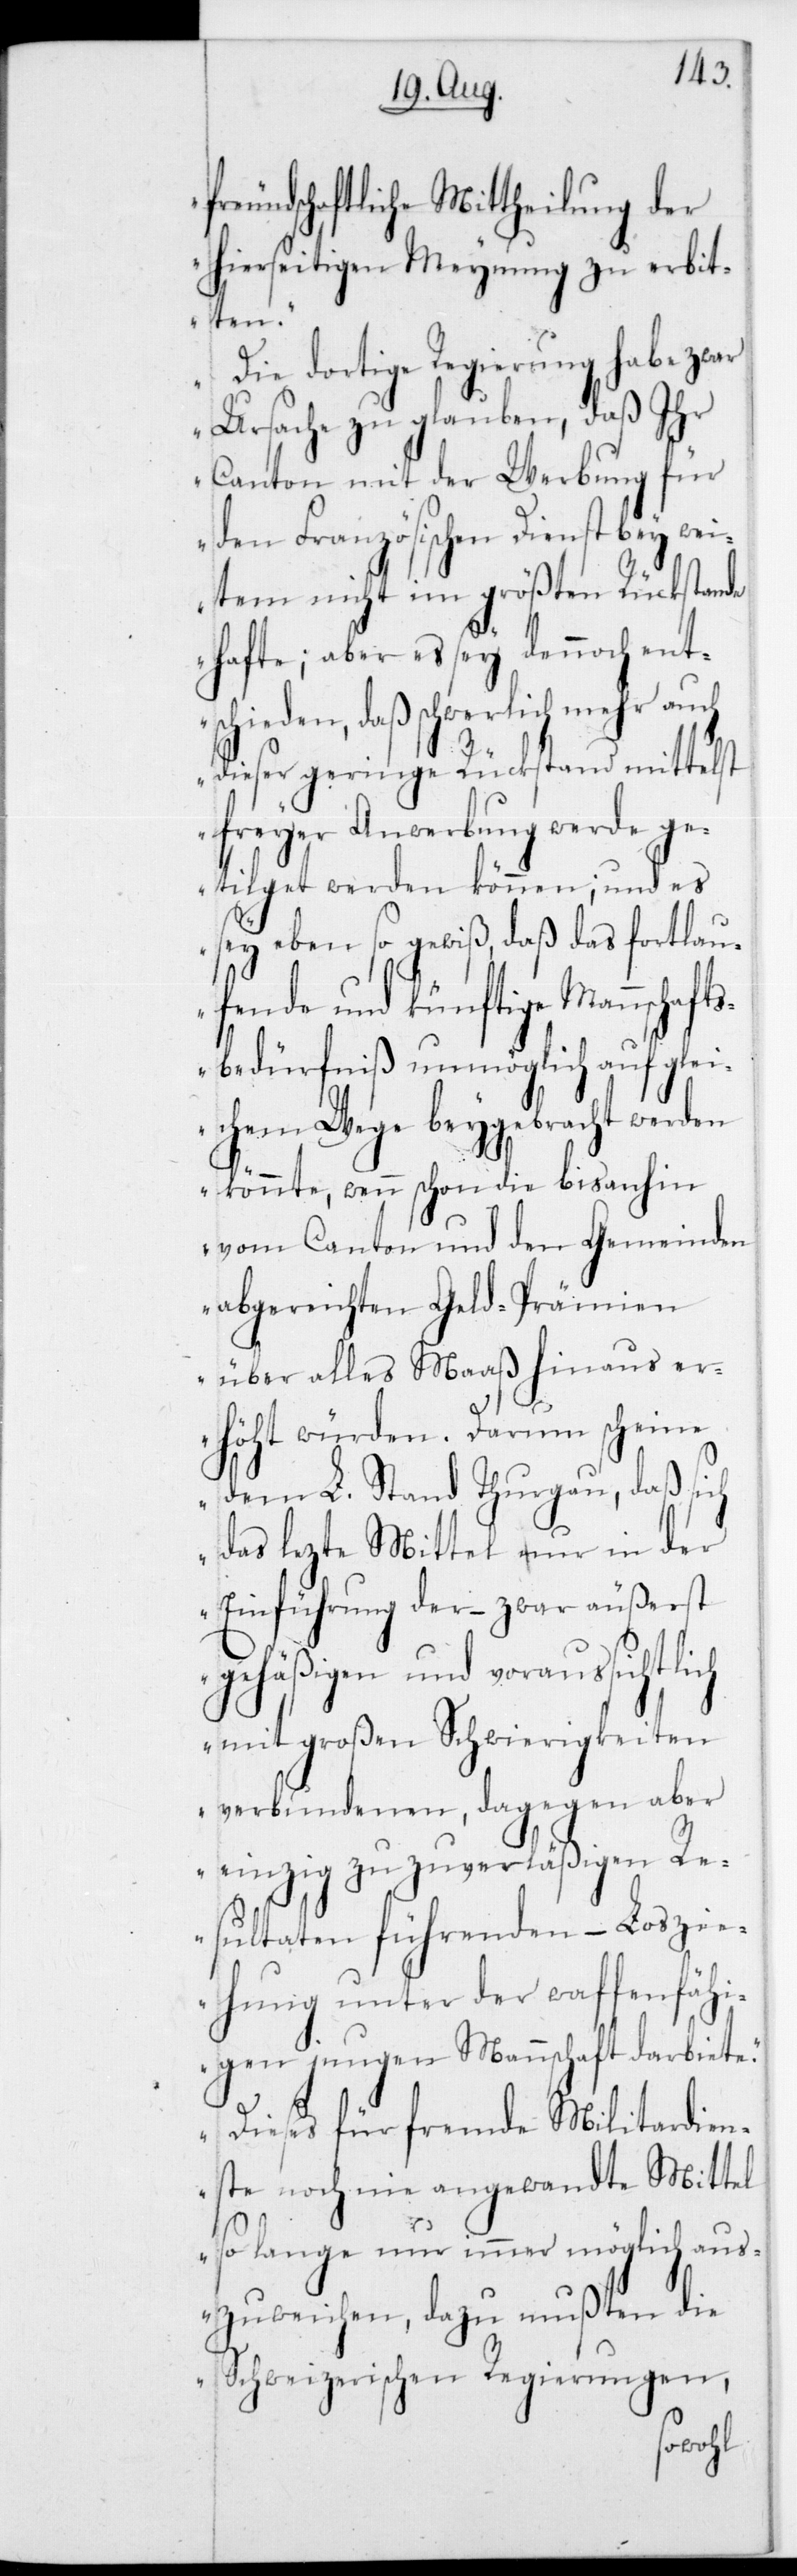
freundschaftliche Mittheilung der
hierseitigen Meynung zu erbit¬
ten.
Die dortige Regierung habe zwar
Ursache zu glauben, daß Ihr
Canton mit der Werbung für
den Französischen Dienst bey Wei¬
tem nicht im größten Rückstande
hafte, aber es sey dennoch ent¬
schieden, daß schwerlich mehr auch
dieser geringe Rückstand mittelst
freyer Anwerbung werde ge¬
tilget werden können, und es
sey eben so gewiß, daß das fortlau¬
fende und künftige Mannschaft¬
sbedürfniß unmöglich auf glei¬
chem Wege beygebracht werden
könnte, wenn schon die bis anhin
vom Canton und den Gemeinden
abgereichten Geld-Prämien
über alles Maaß hinaus er¬
höht würden. Darum scheine
dem L. Stand Thurgau, daß si¬
das lezte Mittel nur in der
ßerst
Einführung der – zwar äu¬
gehäßigen und voraussichtlich
mit großen Schwierigkeiten
verbundenen, dagegen aber
einzig zu zuverläßigen Re¬
sultaten führenden, – Loszie¬
hung unter der waffenfähi¬
gen jungen Mannschaft darbiete.
Dieses für fremde Militardien¬
ch
ste noch nie angewandte Mittel
so lange nur immer möglich aus¬
zuweichen, dazu mußten die
Schweizerischen Regierungen,